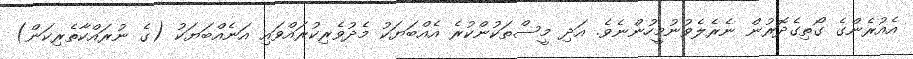
އެއުރެންގެ ގޯތިގެދޮރުން ނެރެލެވުނުމީހުންނެވެ. އަދި މީސްތަކުންކުރެ އެއްބަޔަކު މެދުވެރިކުރައްވައި އަނެއްބަޔަކު (ގެ ނުރައްކާތެރިކަން)